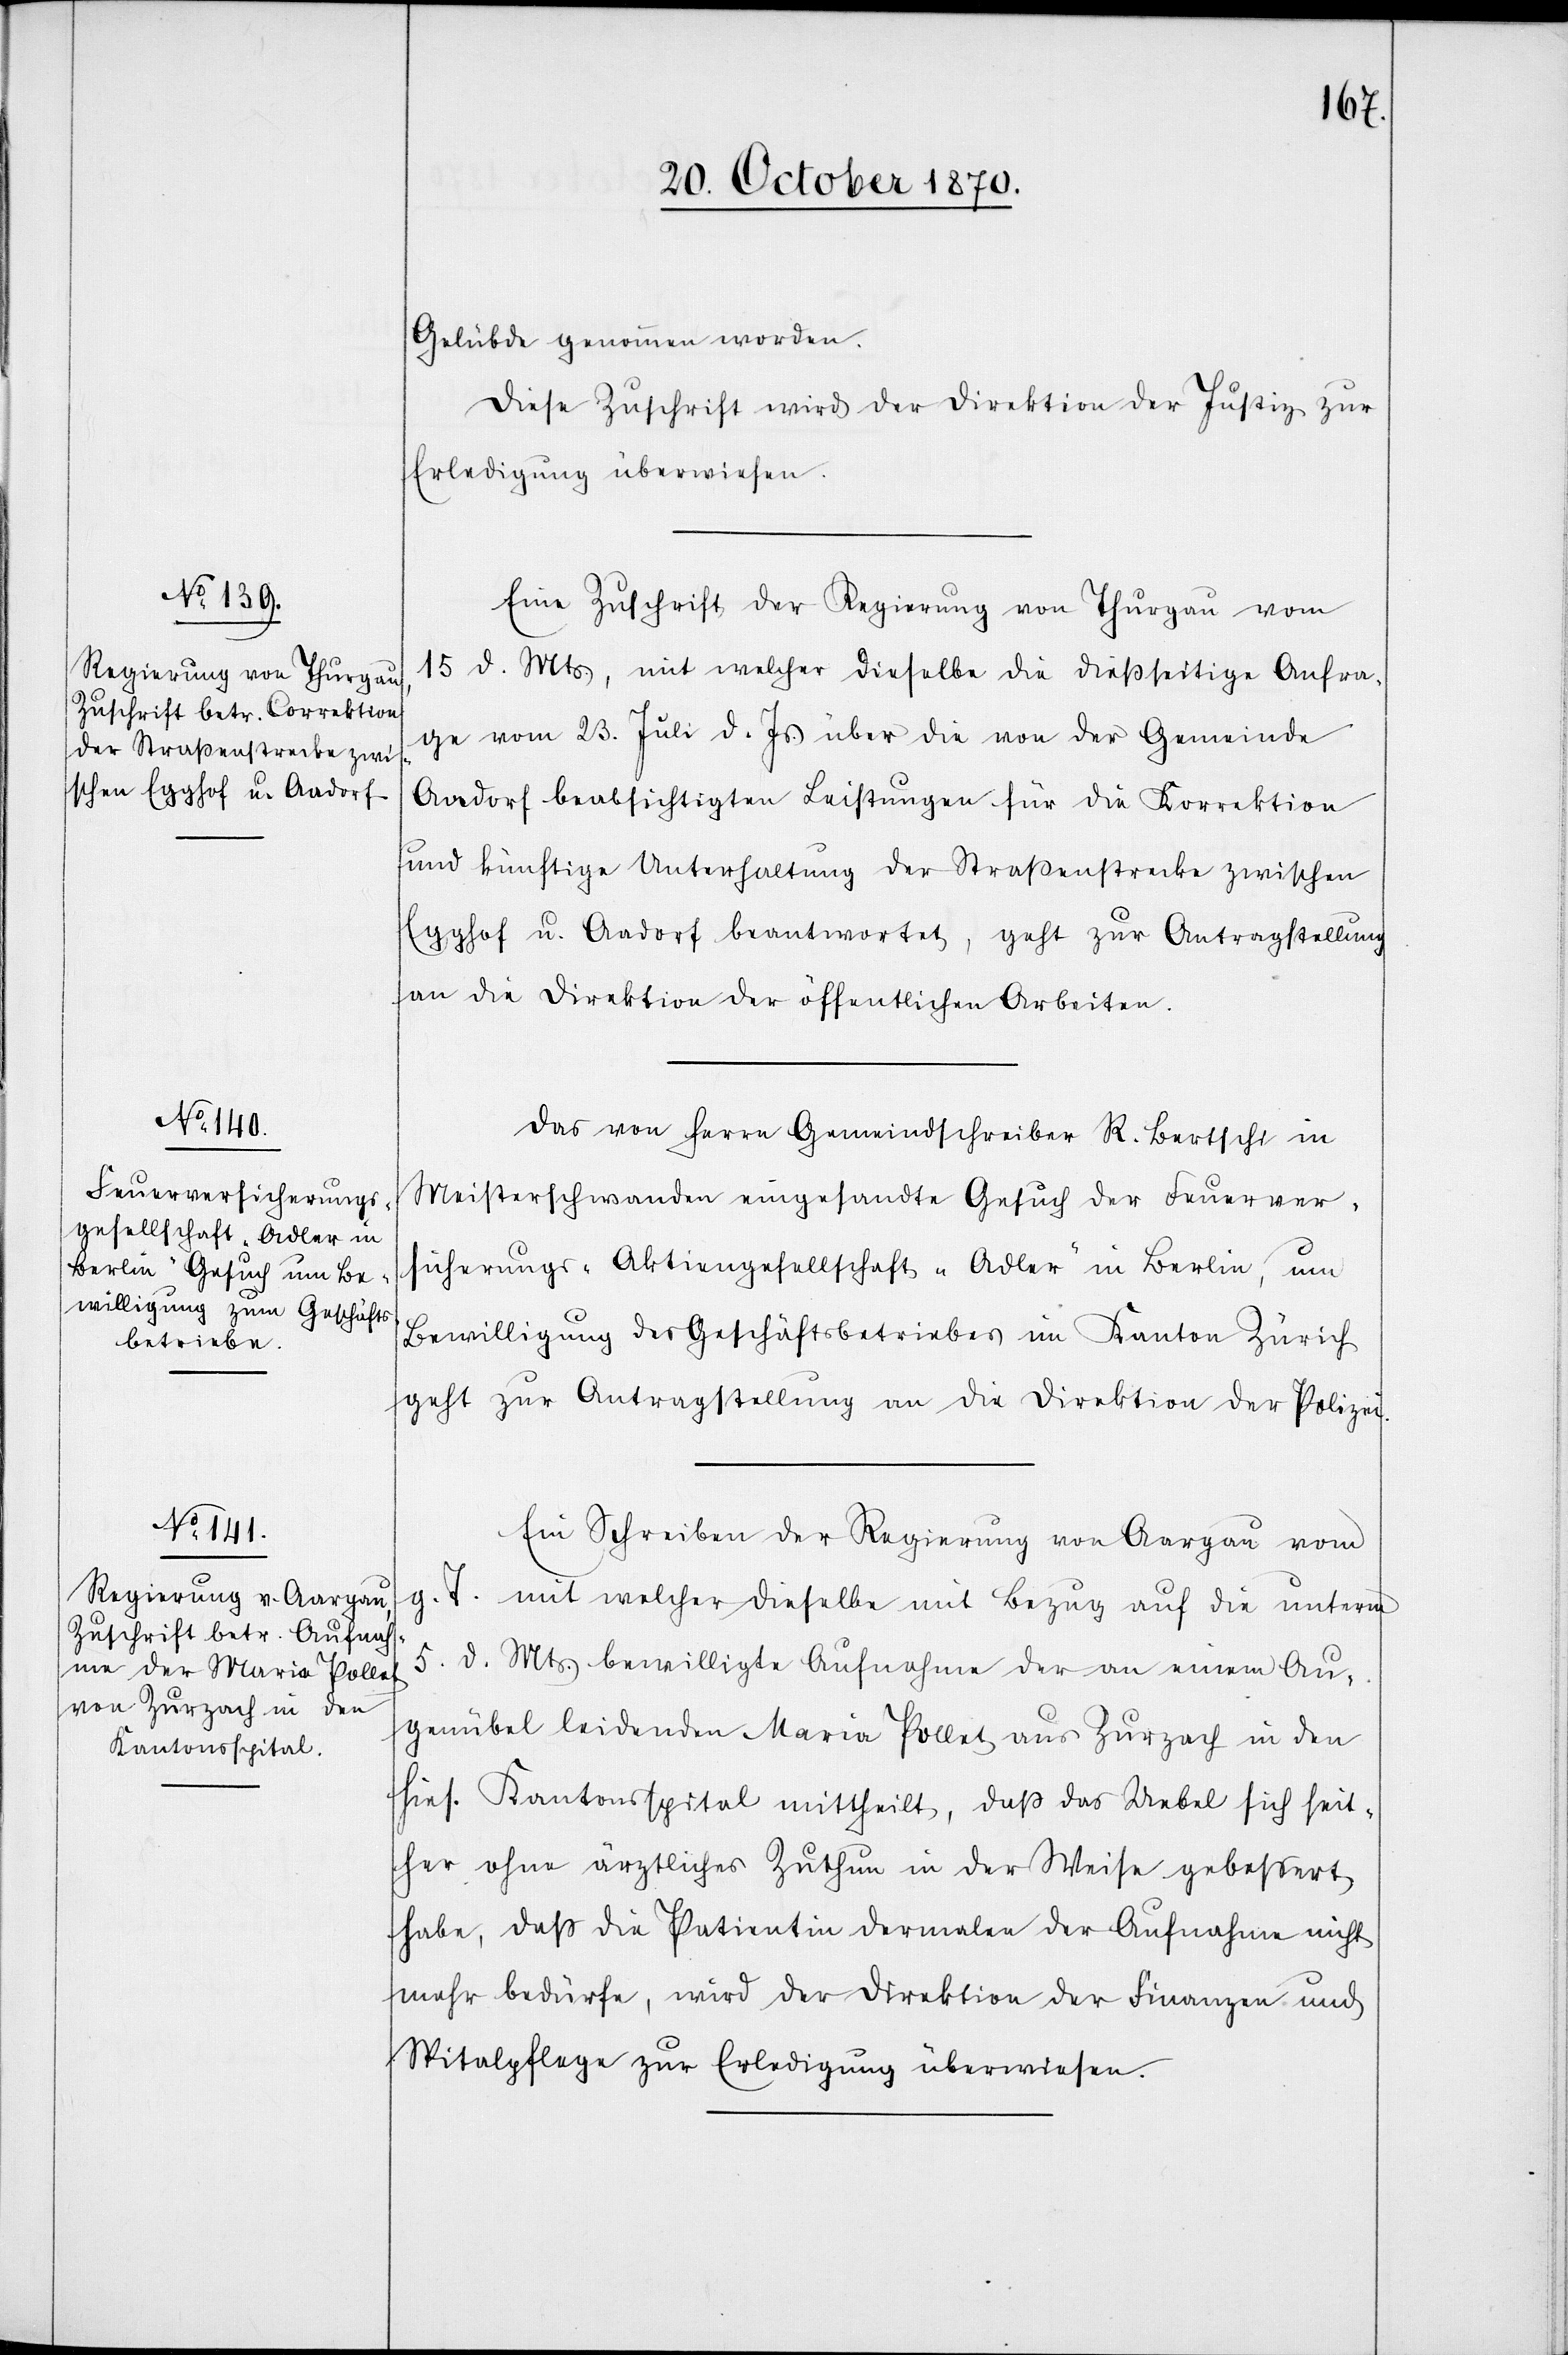
21. October 1870.]
Gelübde genommen worden.
Diese Zuschrift wird der Direktion der Justiz zur
Erledigung überwiesen.
Eine Zuschrift der Regierung von Thurgau vom
15 d. Mts, mit welcher dieselbe die dießseitige Anfra¬
ge vom 23. Juli d. Js. über die von der Gemeinde
Aadorf beabsichtigten Leistungen für die Korrektion
und künftige Unterhaltung der Straßenstrecke zwischen
Egghof u. Aadorf beantwortet, geht zur Antragstellung
an die Direktion der öffentlichen Arbeiten.
Das von Herrn Gemeindschreiber R. Bertschi in
Meisterschwanden eingesandte Gesuch der Feuerver¬
sicherungs-Aktiengesellschaft „Adler“ in Berlin, um
Bewilligung des Geschäftsbetriebes im Kanton Zürich
geht zur Antragstellung an die Direktion der Polizei.
Ein Schreiben der Regierung von Aargau vom
g. T. mit welcher dieselbe mit Bezug auf die unterm
5. d. Mts. bewilligte Aufnahme der an einem Au¬
genübel leidenden Maria Pollat aus Zurzach in den
hies. Kantonsspital mittheilt, daß das Uebel sich seit¬
her ohne ärztliches Zuthun in der Weise gebessert
habe, daß die Patientin dermalen der Aufnahme nicht
mehr bedürfe, wird der Direktion der Finanzen und
Spitalpflege zur Erledigung überwiesen.